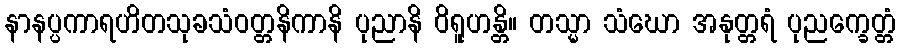
နာနပ္ပကာရဟိတသုခသံဝတ္တနိကာနိ ပုညာနိ ဝိရူဟန္တိ။ တသ္မာ သံဃော အနုတ္တရံ ပုညက္ခေတ္တံ